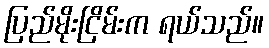
ပြည်မိုးငြိမ်းက ရယ်သည်။